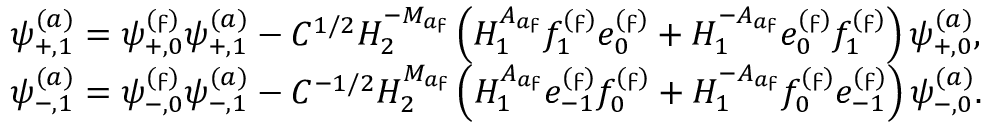
\begin{array} { r l } & { \psi _ { + , 1 } ^ { ( a ) } = \psi _ { + , 0 } ^ { ( \digamma ) } \psi _ { + , 1 } ^ { ( a ) } - C ^ { 1 / 2 } H _ { 2 } ^ { - M _ { a \digamma } } \left( H _ { 1 } ^ { A _ { a \digamma } } f _ { 1 } ^ { ( \digamma ) } e _ { 0 } ^ { ( \digamma ) } + H _ { 1 } ^ { - A _ { a \digamma } } e _ { 0 } ^ { ( \digamma ) } f _ { 1 } ^ { ( \digamma ) } \right) \psi _ { + , 0 } ^ { ( a ) } , } \\ & { \psi _ { - , 1 } ^ { ( a ) } = \psi _ { - , 0 } ^ { ( \digamma ) } \psi _ { - , 1 } ^ { ( a ) } - C ^ { - 1 / 2 } H _ { 2 } ^ { M _ { a \digamma } } \left( H _ { 1 } ^ { A _ { a \digamma } } e _ { - 1 } ^ { ( \digamma ) } f _ { 0 } ^ { ( \digamma ) } + H _ { 1 } ^ { - A _ { a \digamma } } f _ { 0 } ^ { ( \digamma ) } e _ { - 1 } ^ { ( \digamma ) } \right) \psi _ { - , 0 } ^ { ( a ) } . } \end{array}